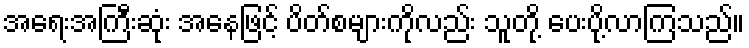
အရေးအကြီးဆုံး အနေဖြင့် ပိတ်စများကိုလည်း သူတို့ ပေးပို့လာကြသည်။